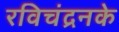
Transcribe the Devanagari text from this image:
रविचंद्रनके